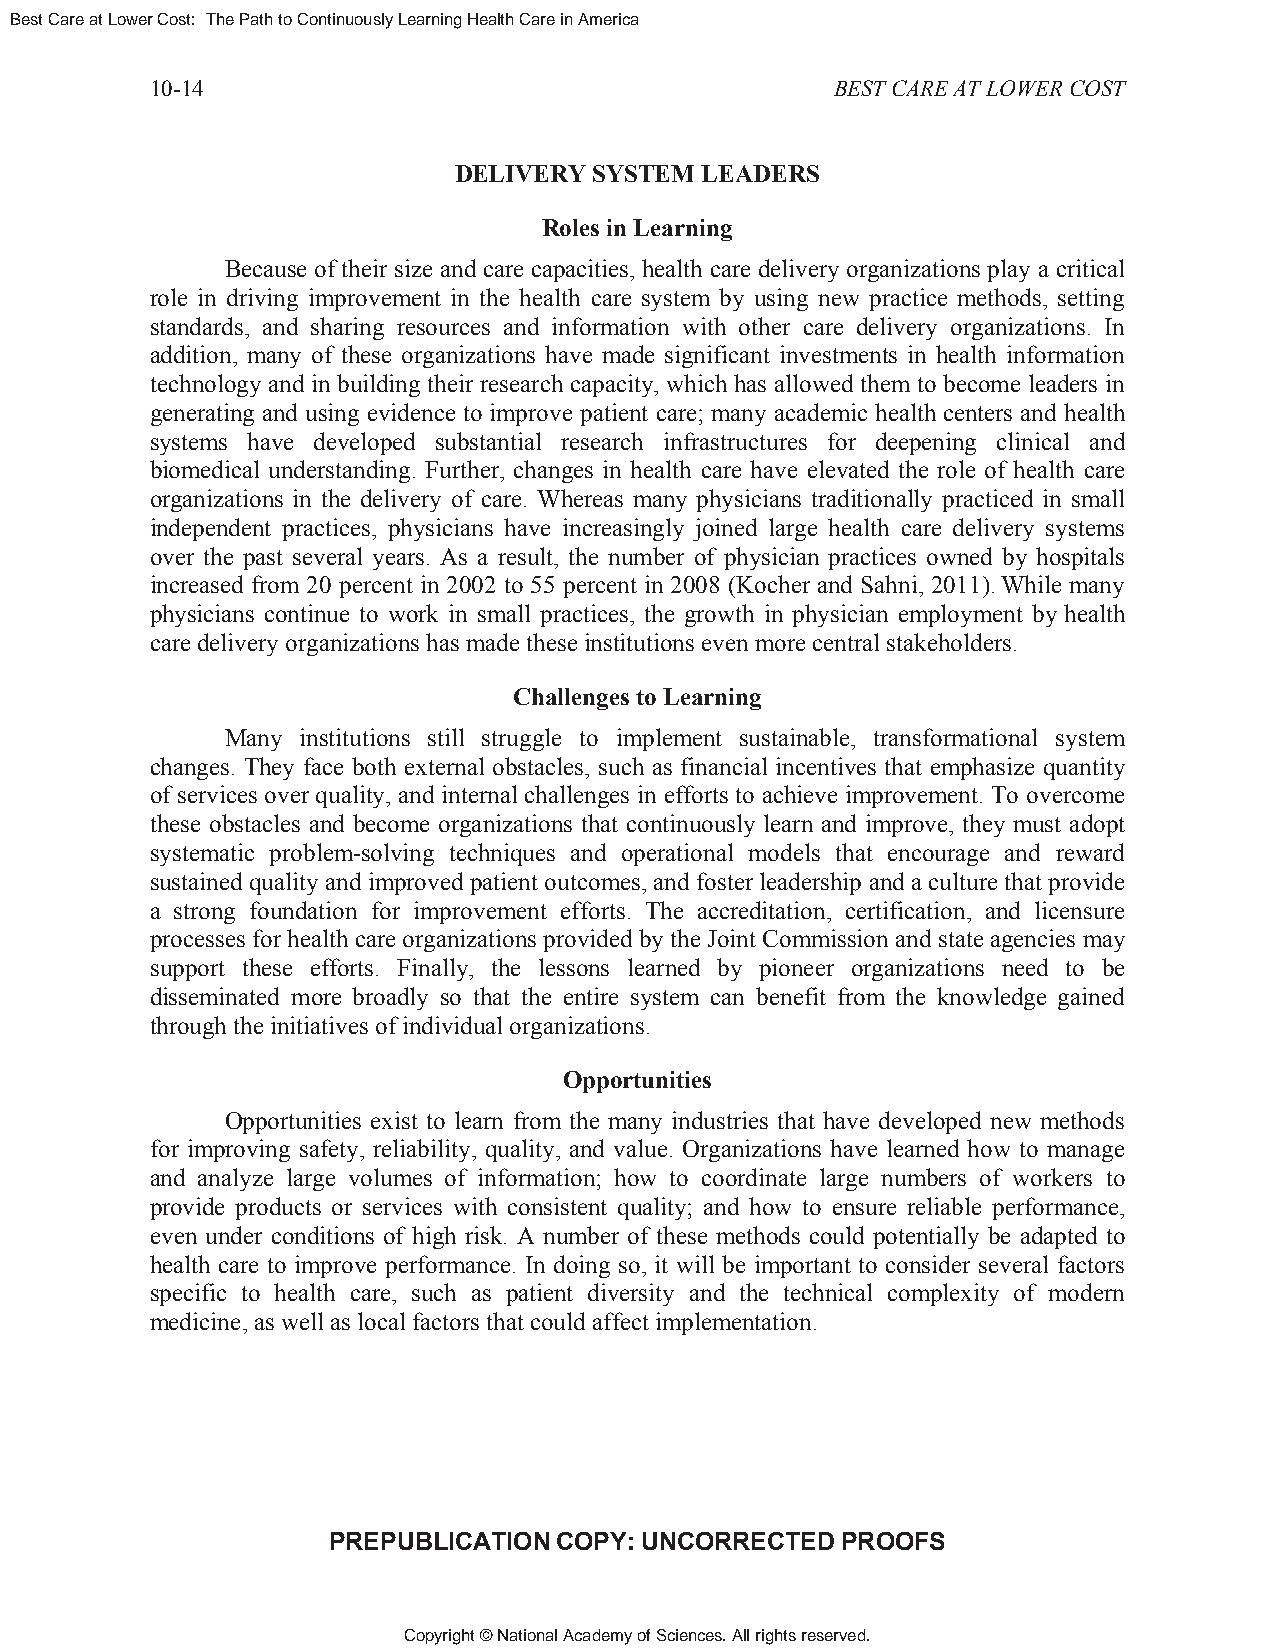
Best Care at Lower Cost: The Path to Continuously Learning Health Care in America
 10-14                                        BEST CARE AT LOWER COST
 DELIVERY SYSTEM LEADERS
 Roles in Learning
 Because of their size and care capacities, health care delivery organizations play a critical
 role in driving improvement in the health care system by using new practice methods, setting
 standards, and sharing resources and information with other care delivery organizations. In
 addition, many of these organizations have made significant investments in health information
 technology and in building their research capacity, which has allowed them to become leaders in
 generating and using evidence to improve patient care; many academic health centers and health
 systems have developed substantial research infrastructures for deepening clinical and
 biomedical understanding. Further, changes in health care have elevated the role of health care
 organizations in the delivery of care. Whereas many physicians traditionally practiced in small
 independent practices, physicians have increasingly joined large health care delivery systems
 over the past several years. As a result, the number of physician practices owned by hospitals
 increased from 20 percent in 2002 to 55 percent in 2008 (Kocher and Sahni, 2011). While many
 physicians continue to work in small practices, the growth in physician employment by health
 care delivery organizations has made these institutions even more central stakeholders.
 Challenges to Learning
 Many institutions still struggle to implement sustainable, transformational system
 changes. They face both external obstacles, such as financial incentives that emphasize quantity
 of services over quality, and internal challenges in efforts to achieve improvement. To overcome
 these obstacles and become organizations that continuously learn and improve, they must adopt
 systematic problem-solving techniques and operational models that encourage and reward
 sustained quality and improved patient outcomes, and foster leadership and a culture that provide
 a strong foundation for improvement efforts. The accreditation, certification, and licensure
 processes for health care organizations provided by the Joint Commission and state agencies may
 support these efforts. Finally, the lessons learned by pioneer organizations need to be
 disseminated more broadly so that the entire system can benefit from the knowledge gained
 through the initiatives of individual organizations.
 Opportunities
 Opportunities exist to learn from the many industries that have developed new methods
 for improving safety, reliability, quality, and value. Organizations have learned how to manage
 and analyze large volumes of information; how to coordinate large numbers of workers to
 provide products or services with consistent quality; and how to ensure reliable performance,
 even under conditions of high risk. A number of these methods could potentially be adapted to
 health care to improve performance. In doing so, it will be important to consider several factors
 specific to health care, such as patient diversity and the technical complexity of modern
 medicine, as well as local factors that could affect implementation.
 PREPUBLICATION COPY: UNCORRECTED  PROOFS
 Copyright © National Academy of Sciences. All rights reserved.